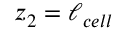
z _ { 2 } = \ell _ { c e l l }